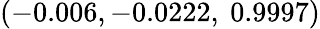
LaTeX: \left(-0.006,-0.0222,\ 0.9997\right)